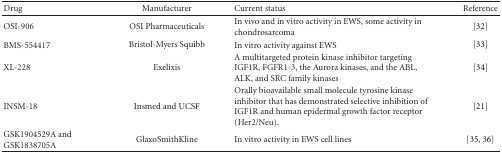
<table><thead><tr><td><b>Drug</b></td><td><b>Manufacturer</b></td><td><b>Current status</b></td><td><b>Reference</b></td></tr></thead><tbody><tr><td>OSI-906</td><td>OSI Pharmaceuticals</td><td>In vivo and in vitro activity in EWS, some activity in chondrosarcoma</td><td>[32]</td></tr><tr><td>BMS-554417</td><td>Bristol-Myers Squibb</td><td>In vitro activity against EWS</td><td> [33]</td></tr><tr><td>XL-228</td><td>Exelixis</td><td>A multitargeted protein kinase inhibitor targeting IGF1R, FGFR1-3, the Aurora kinases, and the ABL, ALK, and SRC family kinases</td><td>[34]</td></tr><tr><td>INSM-18</td><td>Insmed and UCSF</td><td>Orally bioavailable small molecule tyrosine kinase inhibitor that has demonstrated selective inhibition of IGF1R and human epidermal growth factor receptor (Her2/Neu).</td><td>[21]</td></tr><tr><td>GSK1904529A and GSK1838705A</td><td>GlaxoSmithKline</td><td>In vitro activity in EWS cell lines</td><td> [35, 36]</td></tr></tbody></table>